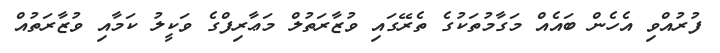
ފުރުއްވި އެހެން ބައެއް މަގާމުތަކުގެ ތެރޭގައި ވުޒާރަތުލް މަޢާރިފްގެ ވަކީލު ކަމާއި ވުޒާރަތުއް